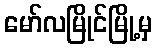
မော်လမြိုင်မြို့မှ